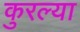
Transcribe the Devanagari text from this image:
कुरल्या